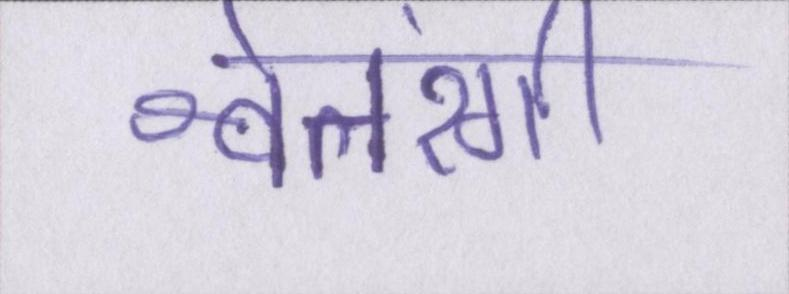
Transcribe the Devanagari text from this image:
श्वेतरंगी